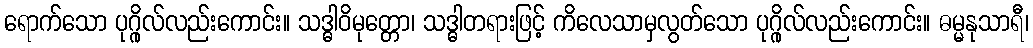
ရောက်သော ပုဂ္ဂိုလ်လည်းကောင်း။ သဒ္ဓါဝိမုတ္တော၊ သဒ္ဓါတရားဖြင့် ကိလေသာမှလွတ်သော ပုဂ္ဂိုလ်လည်းကောင်း။ ဓမ္မနုသာရီ၊